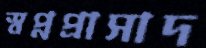
স্বপ্নপ্রাসাদ